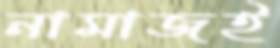
নামাজই